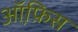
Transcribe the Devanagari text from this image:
ऑ़फ़िस